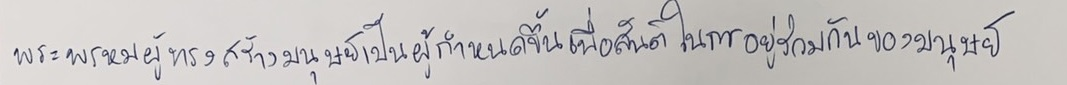
พระพรหมผู้ทรงสร้างมนุษย์เป็นผู้กำหนดขึ้นเพื่อสันติในการอยู่ร่วมกันของมนุษย์